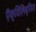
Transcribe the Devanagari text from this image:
ऍक्विलिब्रियम